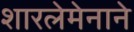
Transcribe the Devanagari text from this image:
शारलेमेनाने